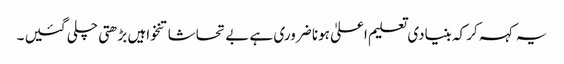
یہ کہہ کر کہ بنیادی تعلیم اعلیٰ ہونا ضروری ہے بے تحاشا تنخواہیں بڑھتی چلی گئیں ۔